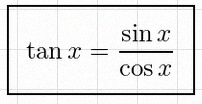
\tan x=\frac{\sin x}{\cos x}